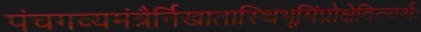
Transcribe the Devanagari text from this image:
पंचगव्यमंत्रैर्निखातास्थिभूमिंप्रोक्षेदित्यर्थः